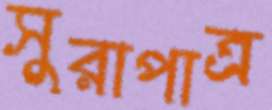
সুরাপাত্র